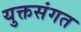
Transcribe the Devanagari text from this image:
युक्तसंगत